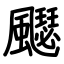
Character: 飋